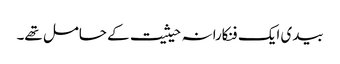
بیدی ایک فنکارانہ حیثیت کے حامل تھے۔